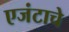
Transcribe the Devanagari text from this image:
एजंटाचे